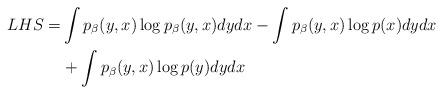
LaTeX: \begin{align*} LHS =&\int p_{\beta}(y,x)\log p_{\beta}(y,x) dydx -\int p_{\beta}(y,x)\log p(x) dydx\\ &+\int p_{\beta}(y,x)\log p(y)dydx \end{align*}